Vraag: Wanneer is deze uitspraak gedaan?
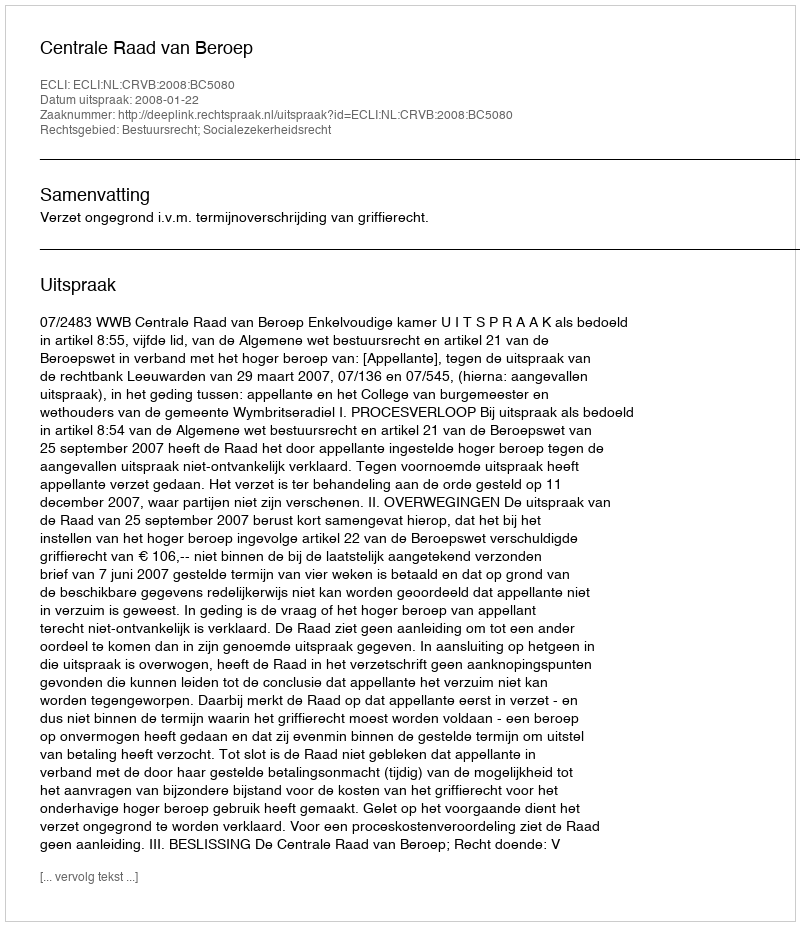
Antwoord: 2008-01-22